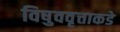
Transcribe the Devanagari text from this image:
विषुववृत्ताकडे